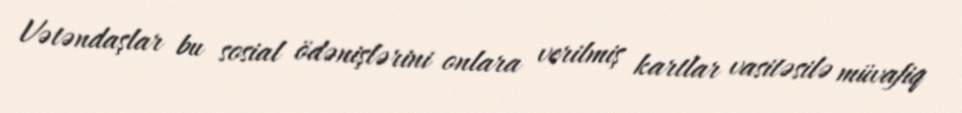
Vətəndaşlar bu sosial ödənişlərini onlara verilmiş kartlar vasitəsilə müvafiq